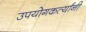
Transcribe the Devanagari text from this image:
उपयोगकर्त्यांनी